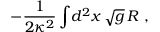
- { \frac { 1 } { 2 \kappa ^ { 2 } } } \int \! d ^ { 2 } x \, \sqrt g \, R \ ,